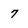
Character: 7